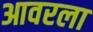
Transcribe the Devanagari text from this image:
आवरला